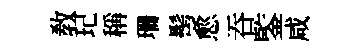
敎玘稱珊髩愈吞鍳咸